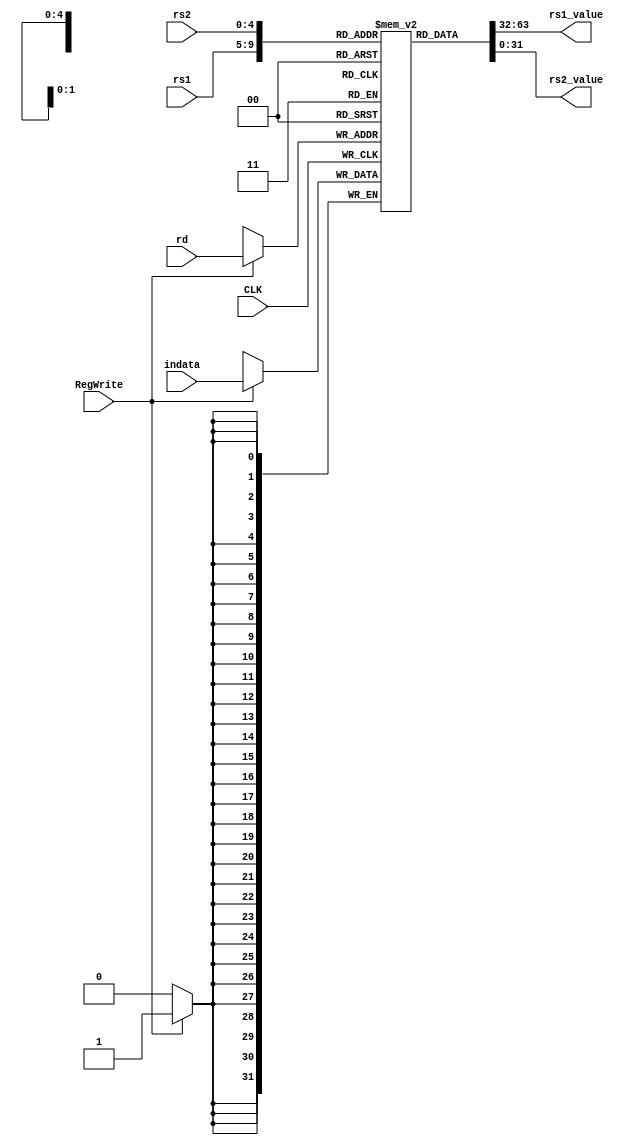
module regfile(
    rs1,
    rs2,
    rd,
    CLK,
    indata,
    RegWrite,
    rs1_value,
    rs2_value
);

    input [4:0] rs1;
    input [4:0] rs2;
    input [4:0] rd;
    input [31:0] indata;
    input CLK;
    input RegWrite;
    output wire [31:0] rs1_value;
    output wire [31:0] rs2_value;

    reg [31:0] Registers [0:31];

    always @(posedge CLK) begin
      if(RegWrite) begin
        Registers[rd] <= indata;
        end
    end

    assign rs1_value = Registers[rs1];
    assign rs2_value = Registers[rs2];

endmodule